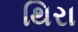
થિરા